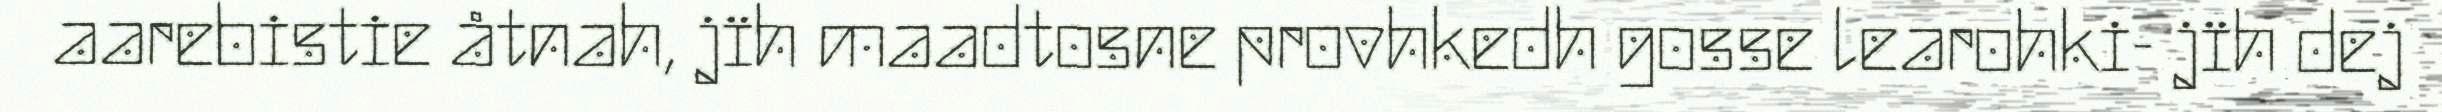
aarebistie åtnah, jïh maadtosne provhkedh gosse learohki- jïh dej